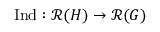
{ \mathrm { I n d } } : { \mathcal { R } } ( H ) \to { \mathcal { R } } ( G )